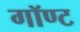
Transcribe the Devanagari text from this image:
गॉण्ट